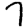
Digit: 7